Annual report of the Punjab Veterinary College and of the Civil Veterinary Department, Punjab - 1920-1925
Year: 1920
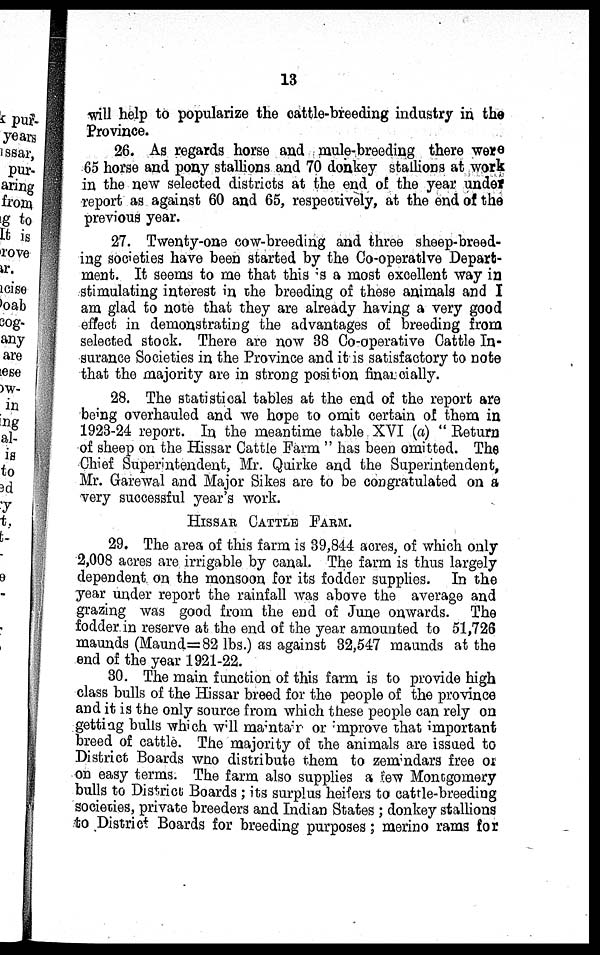
13
will help to popularize the cattle-breeding industry in the
Province.
26. As regards horse and mule-breeding there were
65 horse and pony stallions and 70 donkey stallions at work
in the new selected districts at the end of the year under
report as against 60 and 65, respectively, at the end of the
previous year.
27. Twenty-one cow-breeding and three sheep-breed-
ing societies have been started by the Co-operative Depart-
ment. It seems to me that this is a most excellent way in
stimulating interest in the breeding of these animals and I
am glad to note that they are already having a very good
effect in demonstrating the advantages of breeding from
selected stock. There are now 38 Co-operative Cattle In-
surance Societies in the Province and it is satisfactory to note
that the majority are in strong position financially.
28. The statistical tables at the end of the report are
being overhauled and we hope to omit certain of them in
1923-24 report. In the meantime table XVI (a) "Return
of sheep on the Hissar Cattle Farm" has been omitted. The
Chief Superintendent, Mr. Quirke and the Superintendent,
Mr. Garewal and Major Sikes are to be congratulated on a
very successful year's work.
HISSAR CATTLE FARM.
29. The area of this farm is 39,844 acres, of which only
2,008 acres are irrigable by canal. The farm is thus largely
dependent on the monsoon for its fodder supplies. In the
year under report the rainfall was above the average and
grazing was good from the end of June onwards. The
fodder in reserve at the end of the year amounted to 51,726
maunds (Maund=82 lbs.) as against 32,547 maunds at the
end of the year 1921-22.
30. The main function of this farm is to provide high
class bulls of the Hissar breed for the people of the province
and it is the only source from which these people can rely on
getting bulls which will maintain or improve that important
breed of cattle. The majority of the animals are issued to
District Boards who distribute them to zemindars free or
on easy terms. The farm also supplies a few Montgomery
bulls to District Boards; its surplus heifers to cattle-breeding
societies, private breeders and Indian States; donkey stallions
to District Boards for breeding purposes; merino rams for